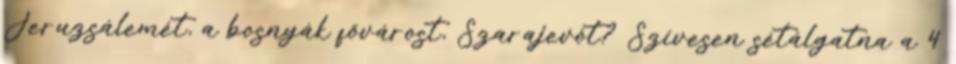
Jeruzsálemét, a bosnyák fővárost, Szarajevót? Szívesen sétálgatna a 4